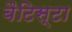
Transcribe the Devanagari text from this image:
बैटिस्टा